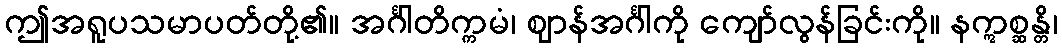
ဤအရူပသမာပတ်တို့၏။ အင်္ဂါတိက္ကမံ၊ ဈာန်အင်္ဂါကို ကျော်လွန်ခြင်းကို။ နဣစ္ဆန္တိ၊